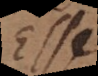
sse